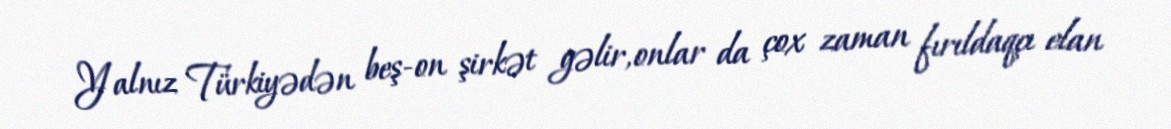
Yalnız Türkiyədən beş-on şirkət gəlir, onlar da çox zaman fırıldaqçı elan